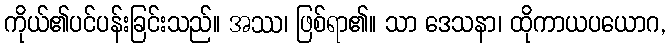
ကိုယ်၏ပင်ပန်းခြင်းသည်။ အဿ၊ ဖြစ်ရာ၏။ သာ ဒေသနာ၊ ထိုကာယပယောဂ,